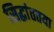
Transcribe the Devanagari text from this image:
सिद्धांततया